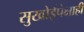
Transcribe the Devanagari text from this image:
सुखोईपेक्षाही